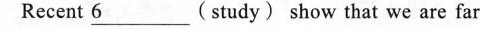
Recent \underline{6}( study) show that we are far